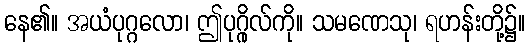
နေ၏။ အယံပုဂ္ဂလော၊ ဤပုဂ္ဂိုလ်ကို။ သမဏေသု၊ ရဟန်းတို့၌။